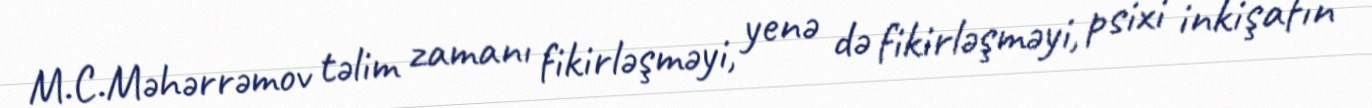
M.C.Məhərrəmov təlim zamanı fikirləşməyi, yenə də fikirləşməyi, psixi inkişafın